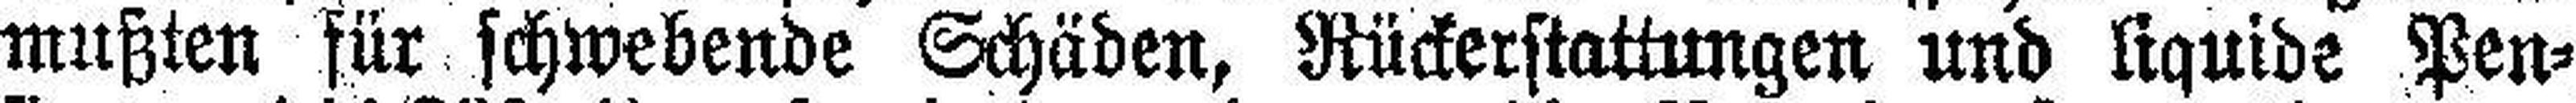
mußten für schwebende Schäden, Rückerstattungen und liquide Pen¬